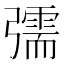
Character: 𢐰